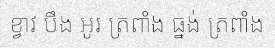
ខ្វាវ បឹង អូរ ត្រពាំង ធ្នង់ ត្រពាំង